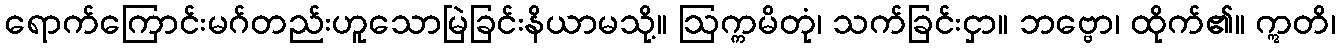
ရောက်ကြောင်းမဂ်တည်းဟူသောမြဲခြင်းနိယာမသို့။ ဩက္ကမိတုံ၊ သက်ခြင်းငှာ။ ဘဗ္ဗော၊ ထိုက်၏။ ဣတိ၊